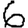
Digit: 6